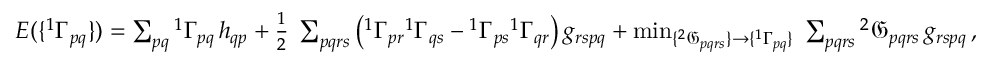
\begin{array} { r } { E ( \{ ^ { 1 } \Gamma _ { p q } \} ) = \sum _ { p q } { ^ { 1 } \Gamma } _ { p q } \, h _ { q p } + \frac { 1 } { 2 } \; \sum _ { p q r s } \left( { ^ { 1 } \Gamma _ { p r } } { ^ { 1 } \Gamma _ { q s } } - { ^ { 1 } \Gamma _ { p s } } { ^ { 1 } \Gamma _ { q r } } \right) g _ { r s p q } + \operatorname* { m i n } _ { \{ { ^ { 2 } \mathfrak { G } _ { p q r s } } \} \to \{ ^ { 1 } \Gamma _ { p q } \} } \; \sum _ { p q r s } { ^ { 2 } \mathfrak { G } _ { p q r s } } \, g _ { r s p q } \, , } \end{array}